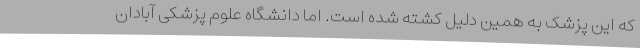
که این پزشک به همین دلیل کشته شده است. اما دانشگاه علوم پزشکی آبادان